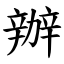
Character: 辦